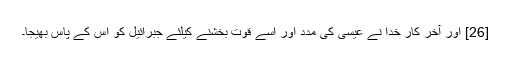
[26] اور آخر کار خدا نے عیسی کی مدد اور اسے قوت بخشنے کیلئے جبرائیل کو اس کے پاس بھیجا۔